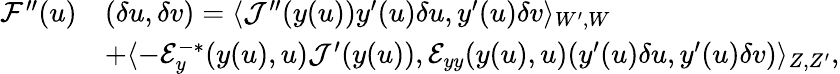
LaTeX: \begin{array}{rl}{{{\mathcal{F}}^{\prime\prime}}(u)}&{(\delta u,\delta v)=\langle{\mathcal{J}}^{\prime\prime}(y(u))y^{\prime}(u)\delta u,y^{\prime}(u)\delta v\rangle_{W^{\prime},W}}\\ &{+\langle-{\mathcal{E}}_{y}^{-*}(y(u),u){\mathcal{J}}^{\prime}(y(u)),{\mathcal{E}}_{yy}(y(u),u)(y^{\prime}(u)\delta u,y^{\prime}(u)\delta v)\rangle_{Z,Z^{\prime}},}\end{array}